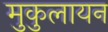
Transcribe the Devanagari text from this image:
मुकुलायन